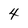
Character: 4